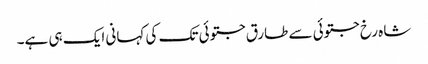
شاہ رخ جتوئی سے طارق جتوئی تک کی کہانی ایک ہی ہے۔